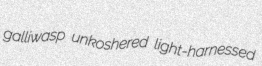
galliwasp unkoshered light-harnessed